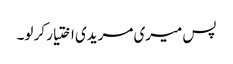
پس میری مریدی اختیار کر لو۔